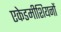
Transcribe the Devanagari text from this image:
एकेडमीशियनों